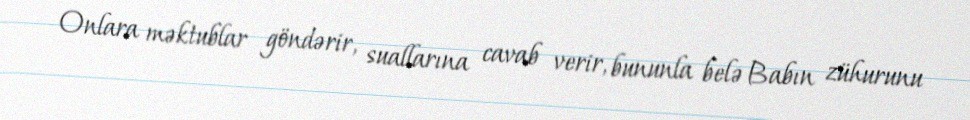
Onlara məktublar göndərir, suallarına cavab verir, bununla belə Babın zühurunu